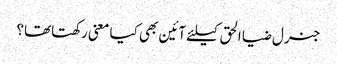
جنرل ضیا الحق کیلئے آئین بھی کیا معنی رکھتاتھا؟